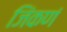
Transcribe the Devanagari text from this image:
जिंकणं